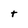
Character: t